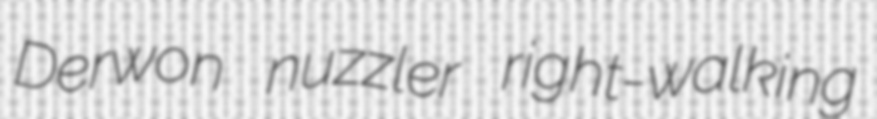
Derwon nuzzler right-walking